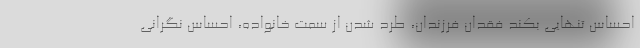
احساس تنهایی بکند فقدان فرزندان، طرد شدن از سمت خانواده، احساس نگرانی